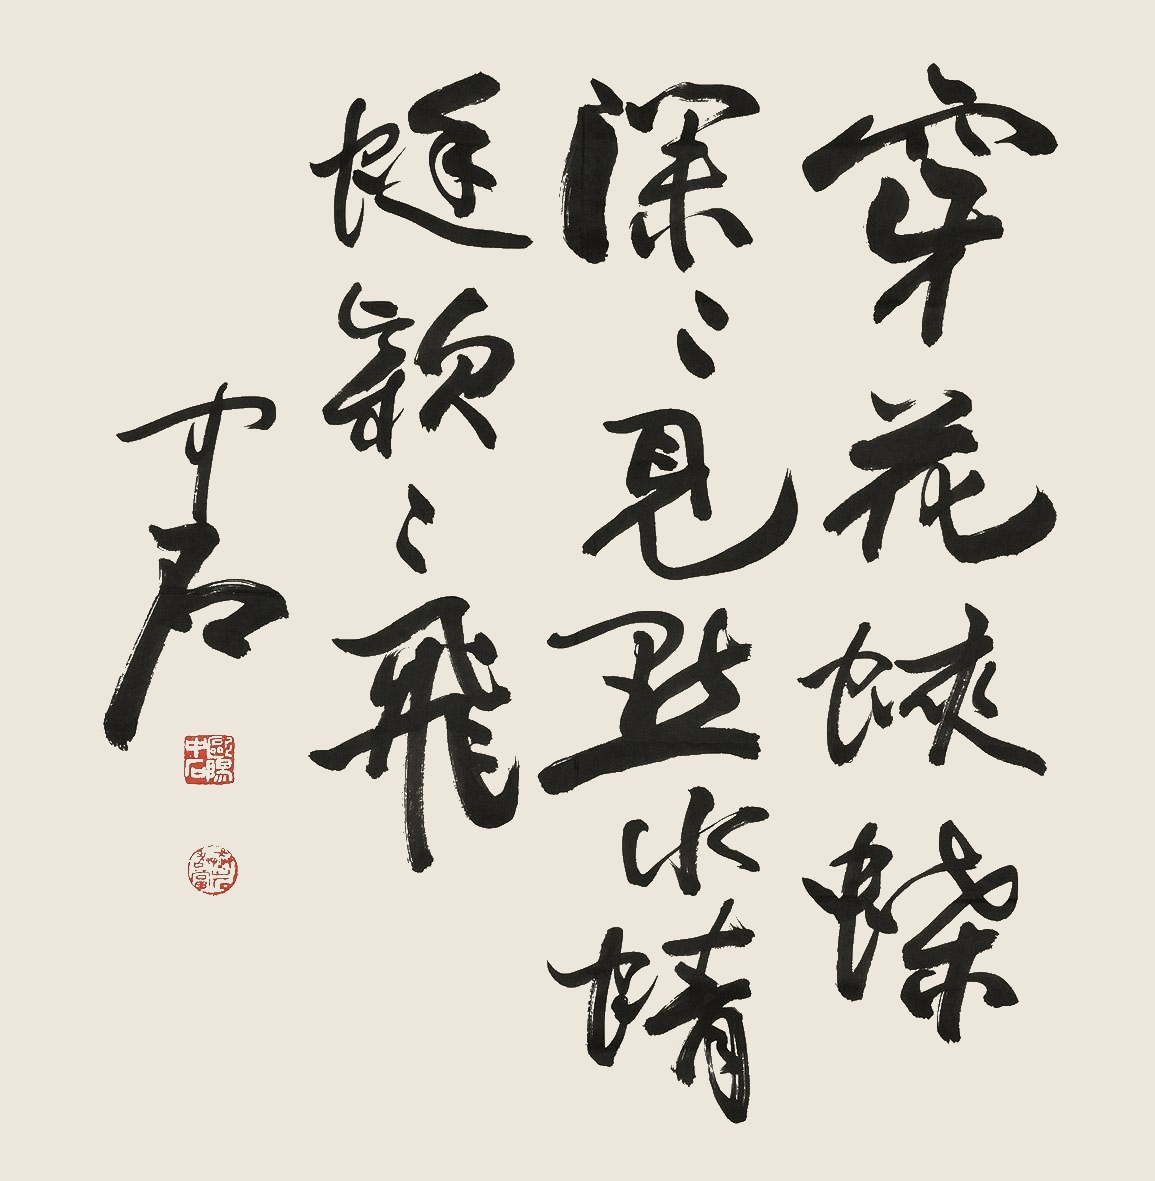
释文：穿花蛱蝶深深见，点水蜻蜓款款飞。中石。